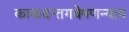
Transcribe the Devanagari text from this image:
काकदन्तगवेषणन्याय